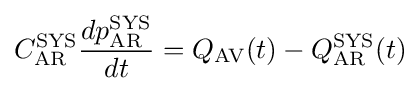
C_{\mathrm {AR} }^{\mathrm {SYS} }{\frac {dp_{\mathrm {AR} }^{\mathrm {SYS} }}{dt}}=Q_{\mathrm {AV} }(t)-Q_{\mathrm {AR} }^{\mathrm {SYS} }(t)